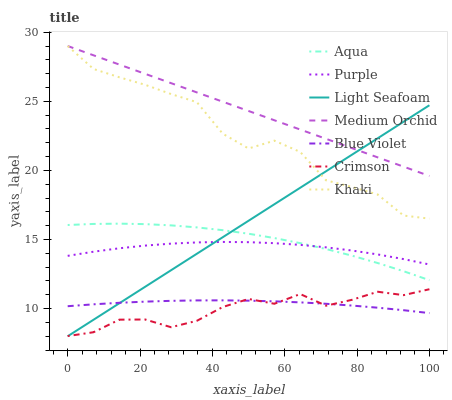
| xaxis_label | Aqua | Purple | Light Seafoam | Medium Orchid | Blue Violet | Crimson | Khaki |
 | --- | --- | --- | --- | --- | --- | --- | --- |
 | 0 | 16 | 13.8 | 8 | 29 | 10.2 | 8.01 | 29 |
 | 7.14 | 16.1 | 14.1 | 9.19 | 28.3 | 10.3 | 8.29 | 27.3 |
 | 14.3 | 16.1 | 14.4 | 10.4 | 27.7 | 10.4 | 9.2 | 26.7 |
 | 21.4 | 16.1 | 14.6 | 11.6 | 27 | 10.5 | 9.21 | 26.2 |
 | 28.6 | 16 | 14.7 | 12.8 | 26.3 | 10.6 | 8.65 | 25.5 |
 | 35.7 | 15.9 | 14.8 | 14 | 25.6 | 10.6 | 9.12 | 24.9 |
 | 42.9 | 15.7 | 14.8 | 15.2 | 25 | 10.6 | 10.1 | 22.7 |
 | 50 | 15.4 | 14.8 | 16.4 | 24.3 | 10.6 | 10.7 | 21.6 |
 | 57.1 | 15.1 | 14.7 | 17.6 | 23.6 | 10.5 | 10.4 | 22.2 |
 | 64.3 | 14.7 | 14.6 | 18.7 | 23 | 10.5 | 11.1 | 21.3 |
 | 71.4 | 14.3 | 14.4 | 19.9 | 22.3 | 10.3 | 10.2 | 19.3 |
 | 78.6 | 13.8 | 14.2 | 21.1 | 21.6 | 10.2 | 10.6 | 18.8 |
 | 85.7 | 13.3 | 13.9 | 22.3 | 20.9 | 10.1 | 11.2 | 18.3 |
 | 92.9 | 12.7 | 13.6 | 23.5 | 20.3 | 9.88 | 11 | 16.7 |
 | 100 | 12.1 | 13.2 | 24.7 | 19.6 | 9.68 | 11.4 | 16.5 |